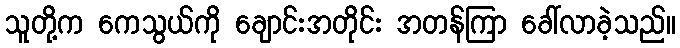
သူတို့က ကေသွယ်ကို ချောင်းအတိုင်း အတန်ကြာ ခေါ်လာခဲ့သည်။